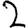
Digit: 2